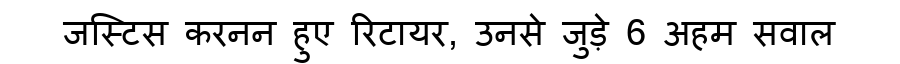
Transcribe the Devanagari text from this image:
जस्टिस करनन हुए रिटायर, उनसे जुड़े 6 अहम सवाल